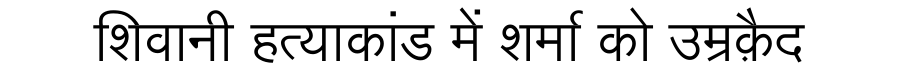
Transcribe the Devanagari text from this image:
शिवानी हत्याकांड में शर्मा को उम्रक़ैद